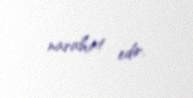
narahat edir.